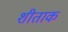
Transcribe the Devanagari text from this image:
शीताक